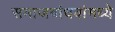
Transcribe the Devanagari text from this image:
समाजबांधवांमध्ये